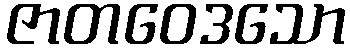
ဇာတဝေဒသော